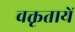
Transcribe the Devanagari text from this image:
वक्तृतायें